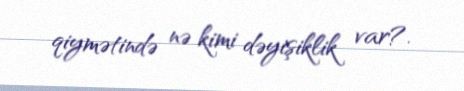
qiymətində nə kimi dəyişiklik var?.